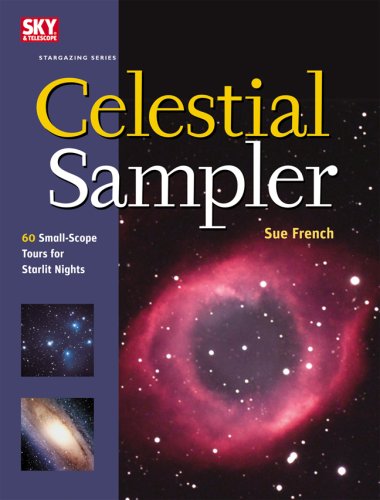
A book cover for Celestial Sampler: 60 Small-Scope Tours for Starlit Nights (Stargazing); Sue French; Science & Math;